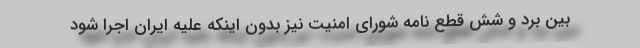
بین برد و شش قطع نامه شورای امنیت نیز بدون اینکه علیه ایران اجرا شود